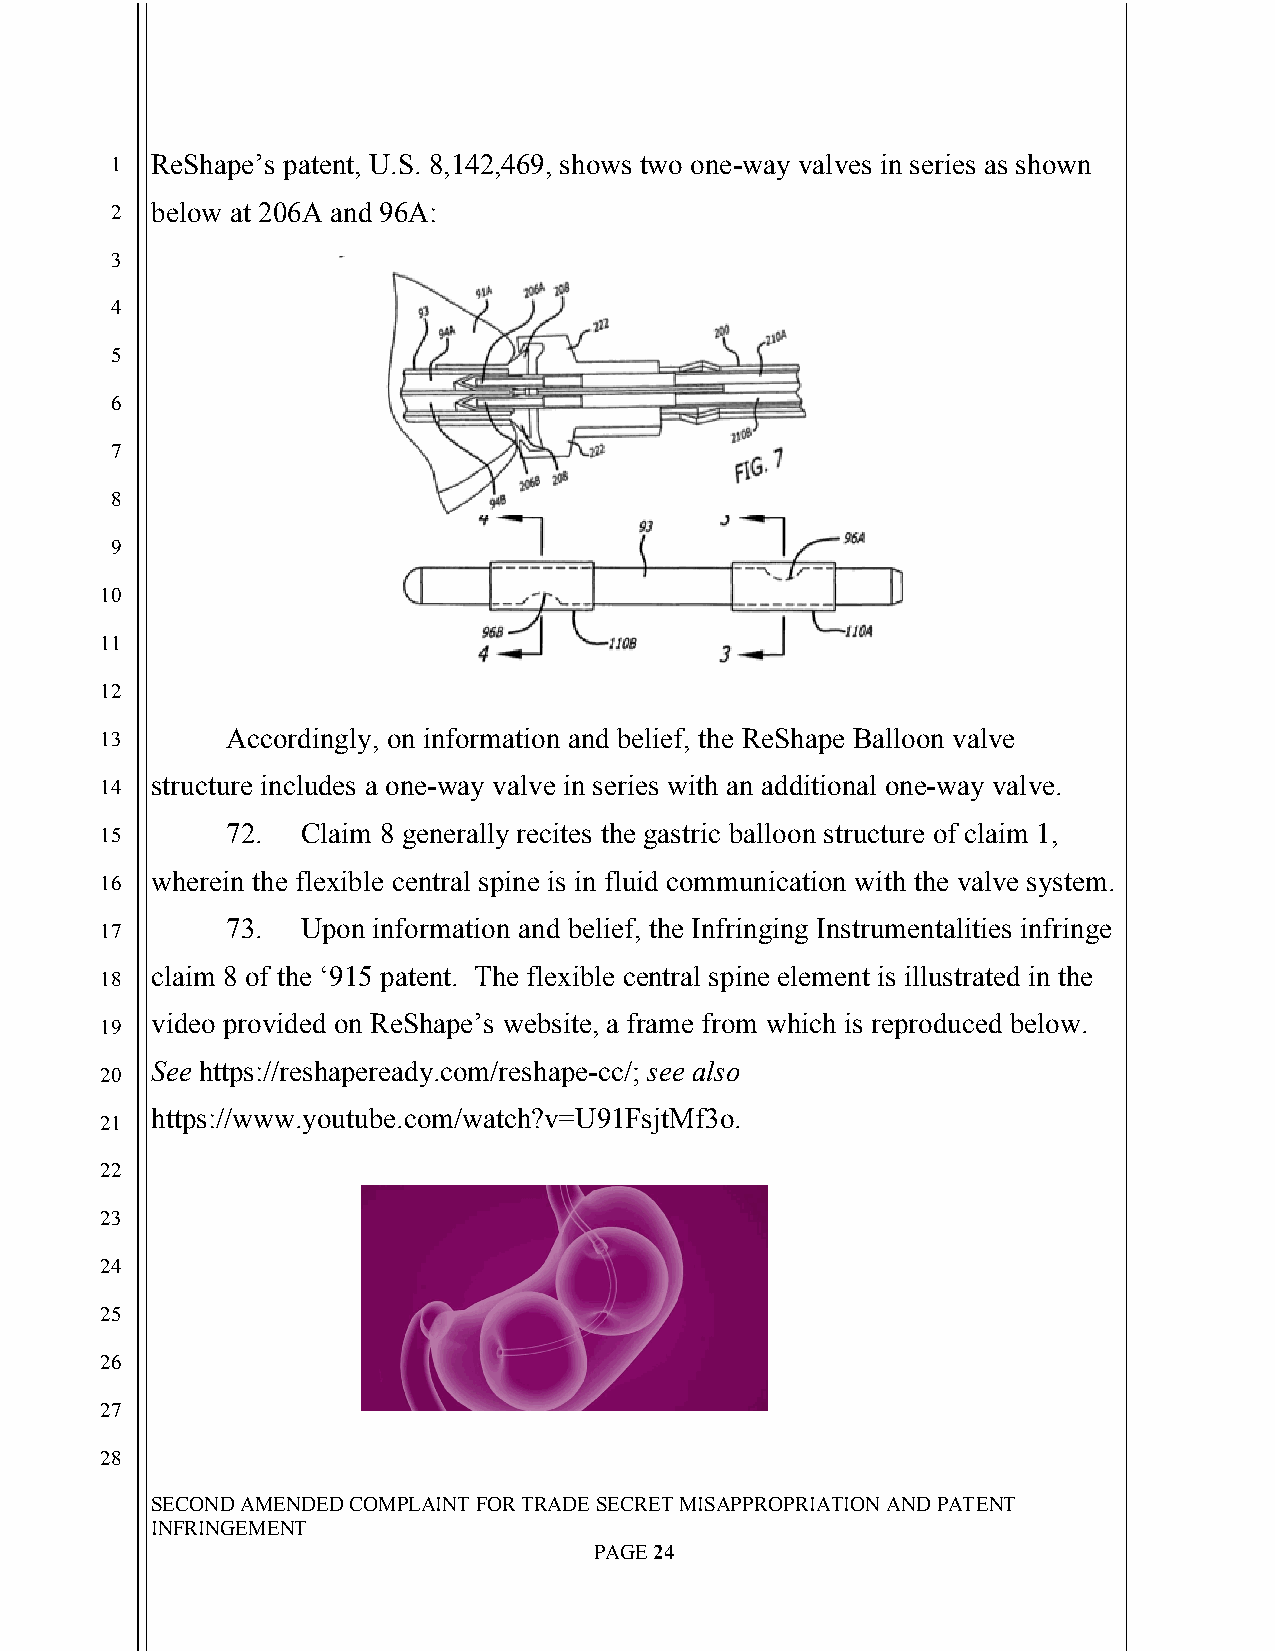
`
 1  ReShape’s patent, U.S. 8,142,469, shows two one-way valves in series as shown
 2  below at 206A and 96A:
 3
 4
 5
 6
 7
 8
 9
 10
 11
 12
 13      Accordingly, on information and belief, the ReShape Balloon valve
 14 structure includes a one-way valve in series with an additional one-way valve.
 15      72.  Claim 8 generally recites the gastric balloon structure of claim 1,
 16 wherein the flexible central spine is in fluid communication with the valve system.
 17      73.  Upon information and belief, the Infringing Instrumentalities infringe
 claim 8 of the ‘915 patent. The flexible central spine element is illustrated in the
 18
 video provided on ReShape’s website, a frame from which is reproduced below.
 19
 See https://reshapeready.com/reshape-cc/; see also
 20
 https://www.youtube.com/watch?v=U91FsjtMf3o.
 21
 22
 23
 24
 25
 26
 27
 28
 SECOND AMENDED COMPLAINT FOR TRADE SECRET MISAPPROPRIATION AND PATENT
 INFRINGEMENT
 PAGE 24